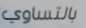
بالتساوي